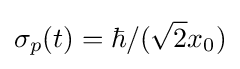
\sigma _{p}(t)=\hbar /({\sqrt {2}}x_{0})